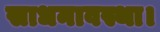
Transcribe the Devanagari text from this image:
साधनावस्था।